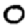
Digit: 0